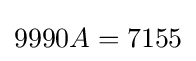
9990A=7155